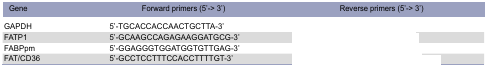
<table><thead><tr><td><b>Gene</b></td><td><b>Forward primers (5’-&gt; 3’)</b></td><td><b>Reverse primers (5’-&gt; 3’)</b></td></tr></thead><tbody><tr><td>GAPDH</td><td>5’-TGCACCACCAACTGCTTA-3’</td><td>[EMPTY_CELL]</td></tr><tr><td>FATP1</td><td>5’-GCAAGCCAGAGAAGGATGCG-3’</td><td>[EMPTY_CELL]</td></tr><tr><td>FABPpm</td><td>5’-GGAGGGTGGATGGTGTTGAG-3’</td><td>[EMPTY_CELL]</td></tr><tr><td>FAT/CD36</td><td>5’-GCCTCCTTTCCACCTTTTGT-3’</td><td>[EMPTY_CELL]</td></tr></tbody></table>